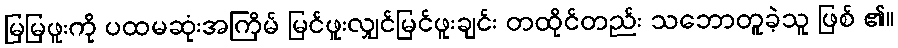
မြမြဖူးကို ပထမဆုံးအကြိမ် မြင်ဖူးလျှင်မြင်ဖူးချင်း တထိုင်တည်း သဘောတူခဲ့သူ ဖြစ် ၏။